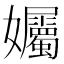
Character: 孎